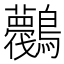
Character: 𪈛